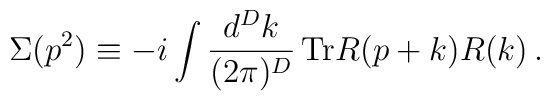
\Sigma(p^2)\equiv-i \int \frac{d^Dk}{(2\pi)^D}\,{\rm Tr}R(p+k)R(k)\,.